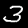
Label: 3